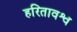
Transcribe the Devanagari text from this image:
हरितावश्व